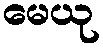
မေယု